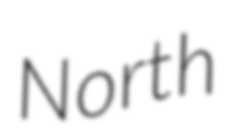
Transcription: North